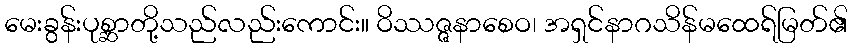
မေးခွန်းပုစ္ဆာတို့သည်လည်းကောင်း။ ဝိဿဇ္ဇနာစေဝ၊ အရှင်နာဂသိန်မထေရ်မြတ်၏